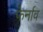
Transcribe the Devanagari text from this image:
फेर्नाव